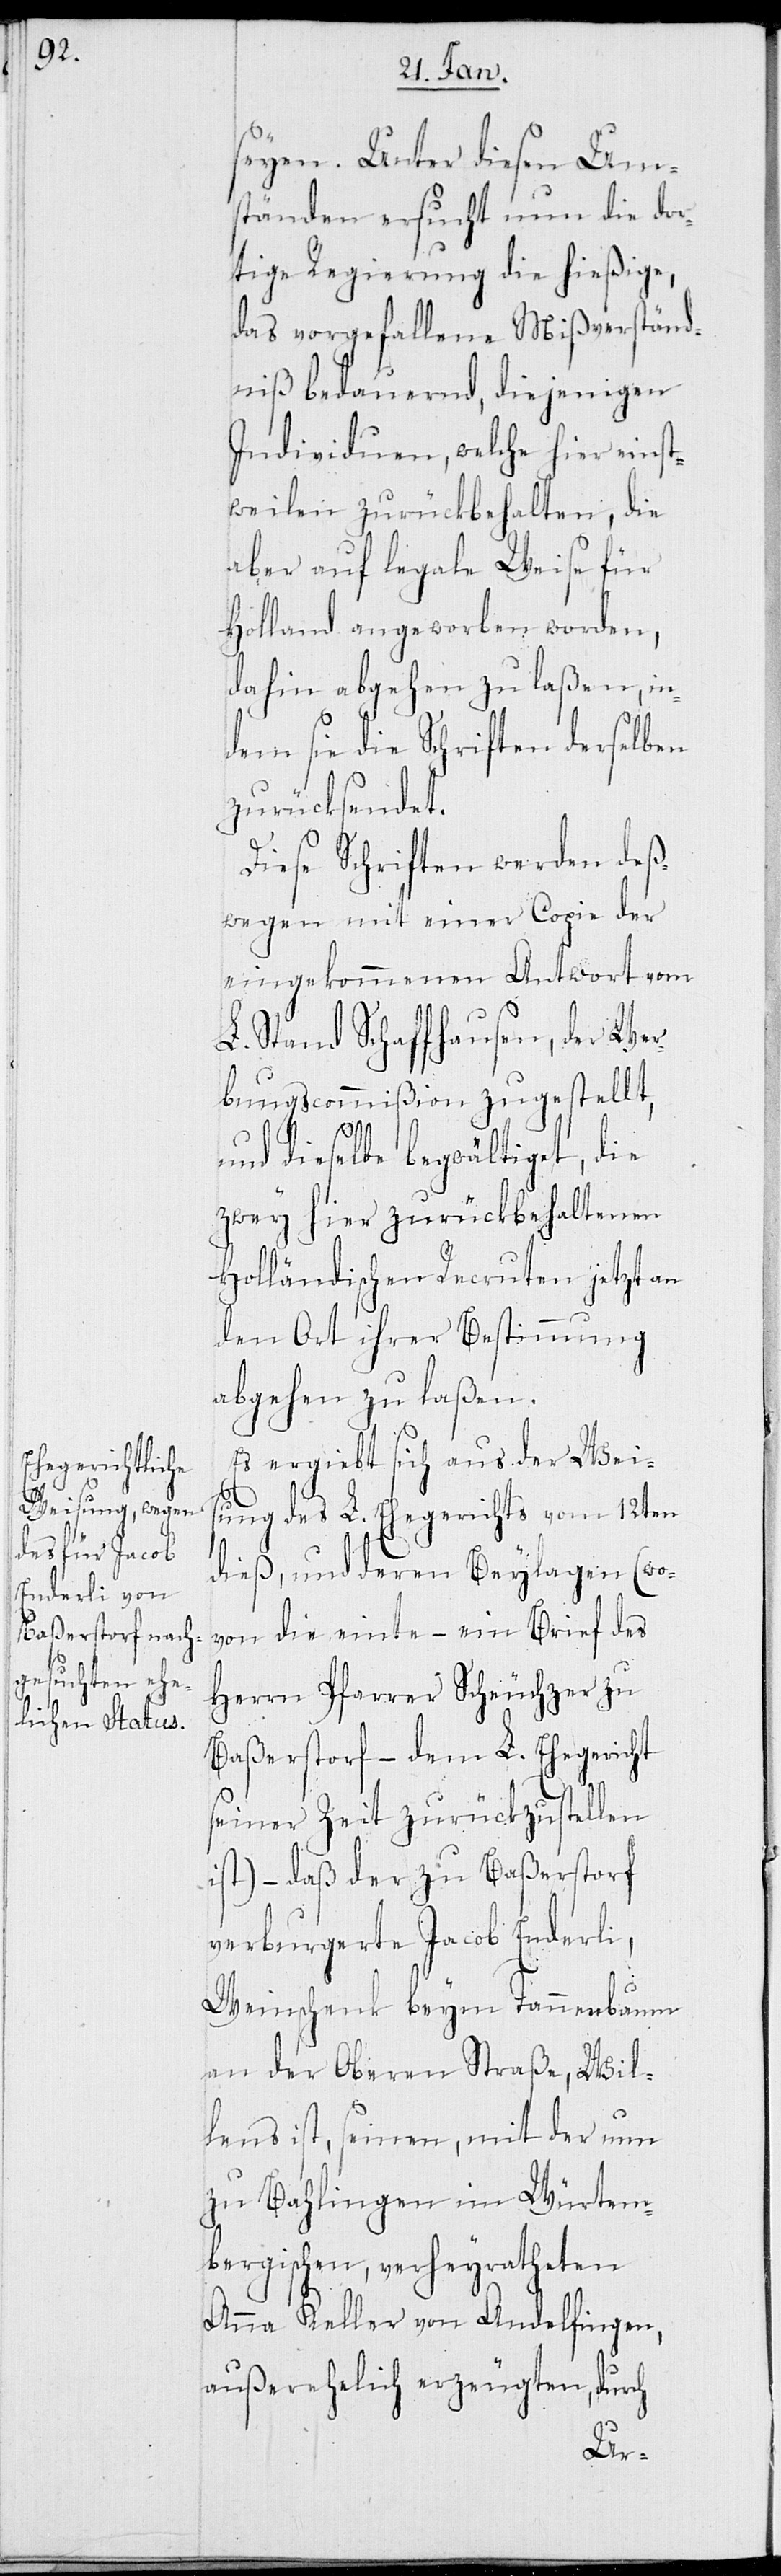
seyen. Unter diesen Um¬
ständen ersucht nun die dor¬
tige Regierung die hießige,
das vorgefallene Mißverständ¬
nis bedauernd, diejenigen
Individuen, welche hier einst¬
weilen zurückbehalten, die
aber auf legale Weise für
Holland angeworben worden,
dahin abgehen zu laßen, in¬
dem sie die Schriften derselben
zurücksendet.
Diese Schriften werden deß¬
wegen mit einer Copie der
eingekommenen Antwort vom
L. Stand Schaffhausen, der Wer¬
bungscommißion zugestellt,
und dieselbe begwältiget, die
zwey hier zurückbehaltenen
Holländischen Recruten jetzt an
den Ort ihrer Bestimmung
abgehen zu laßen.
Es ergiebt sich aus der Weis¬
ung des L. Ehegerichts vom 12ten
dieß, und deren Beylagen (wo¬
von die einte – ein Brief des
Herrn Pfarrer Scheuchzer zu
Baßerstorf – dem L. Ehegericht
seiner Zeit zurückzustellen
ist) – daß der zu Baßerstorf
verburgerte Jacob Enderli,
Weinschenk beym Tannenbaum
an der Oberen Straße, Wil¬
lens ist, seinen, mit der nun
zu Bahlingen im Würtem¬
bergischen, verheyratheten
Anna Keller von Andelfingen,
außerehelich erzeugten, durch